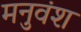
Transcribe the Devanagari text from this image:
मनुवंश